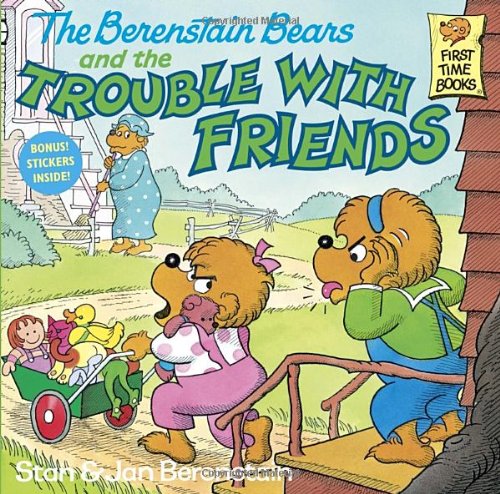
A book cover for The Berenstain Bears and the Trouble With Friends; Stan Berenstain; Children's Books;